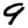
Digit: 9